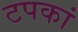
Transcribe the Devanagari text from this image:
टपकां